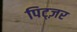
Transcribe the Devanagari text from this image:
पिट्ज़र